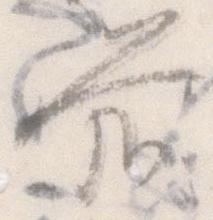
前